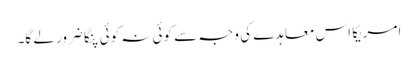
امریکا اس معاہدے کی وجہ سے کوئی نہ کوئی پنگا ضرور لے گا۔